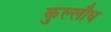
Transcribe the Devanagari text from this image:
कुल्लौघ